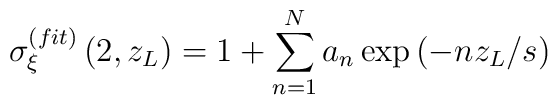
\sigma _\xi ^{(fit)}\left( 2,z_L\right) =1+\sum_{n=1}^{N}a_n\exp\left( -nz_L/s\right)